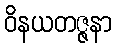
ဝိနယတဇ္ဇနာ